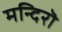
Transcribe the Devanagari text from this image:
मन्दिरॊ